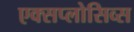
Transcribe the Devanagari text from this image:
एक्सप्लोसिव्स